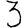
Digit: 3